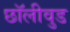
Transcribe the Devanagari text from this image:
छॉलीवुड